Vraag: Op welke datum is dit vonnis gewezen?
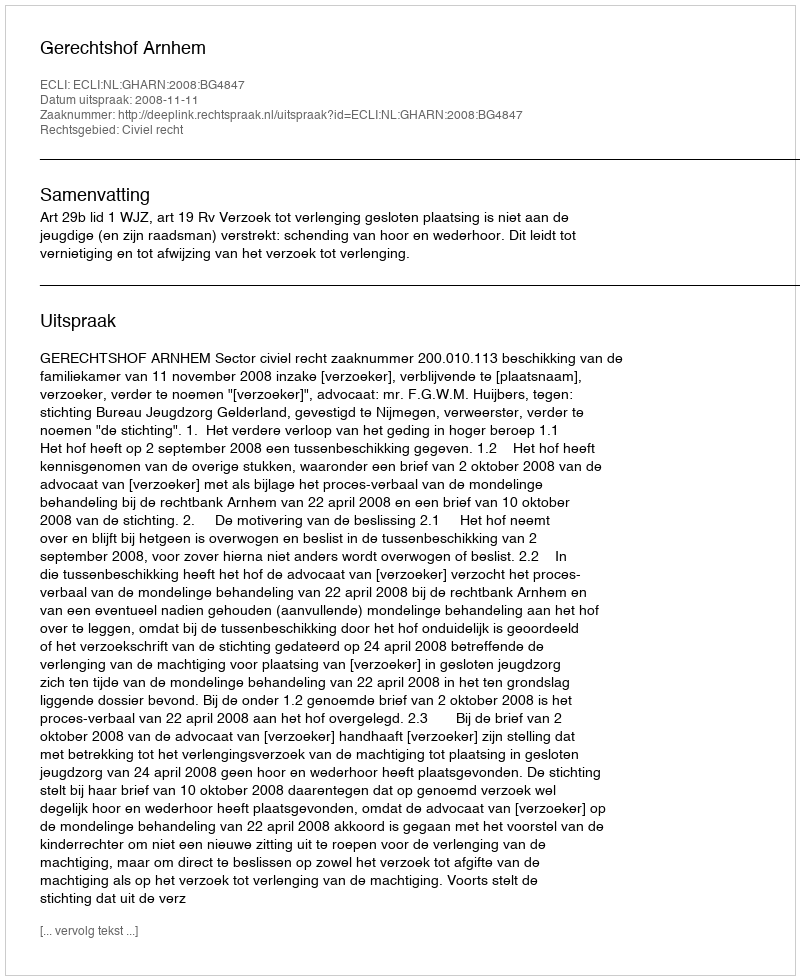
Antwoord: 2008-11-11